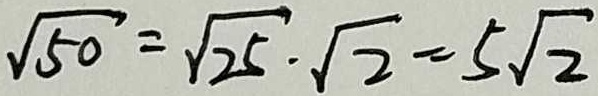
\sqrt { 5 0 } = \sqrt { 2 5 } \cdot \sqrt { 2 } = 5 \sqrt { 2 }